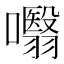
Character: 𭌣